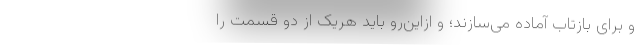
و برای بازتاب آماده می‌سازند؛ و ازاین‌رو باید هریک از دو قسمت را